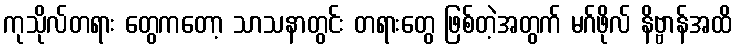
ကုသိုလ်တရား တွေကတော့ သာသနာတွင်း တရားတွေ ဖြစ်တဲ့အတွက် မဂ်ဖိုလ် နိဗ္ဗာန်အထိ